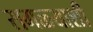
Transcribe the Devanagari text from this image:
सगळ्याशी